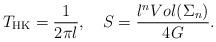
LaTeX: \begin{align*}T_{\rm HK}= \frac{1}{2\pi l}, \ \ \ S =\frac{l^n Vol(\Sigma_n)}{4G}.\end{align*}